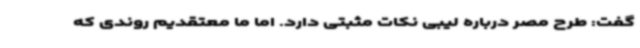
گفت: طرح مصر درباره لیبی نکات مثبتی دارد. اما ما معتقدیم روندی که